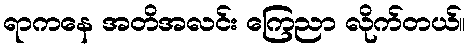
ရာကနေ အတိအလင်း ကြေညာ လိုက်တယ်။